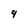
Character: 4